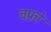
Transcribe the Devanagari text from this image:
बफ़ो